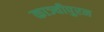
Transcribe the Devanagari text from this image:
काञ्चीपुरम